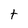
Character: t